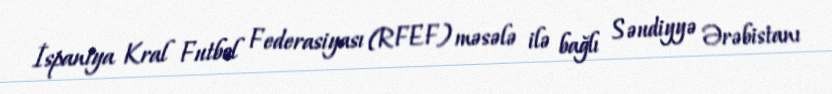
İspaniya Kral Futbol Federasiyası (RFEF) məsələ ilə bağlı Səudiyyə Ərəbistanı